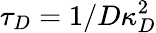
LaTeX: \tau_{D}=1/D\kappa_{D}^{2}